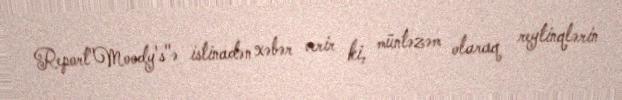
Report"Moody's"ə istinadən xəbər verir ki, müntəzəm olaraq reytinqlərin